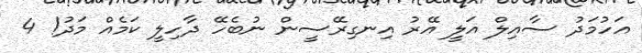
އަހުމަދު ސާއިލް އަލީ އޭރު އިނގިރޭސީން ނުބެހޭ ދާހިލީ ކަމެެއް މަދު! 4